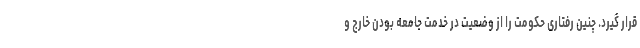
قرار گیرد. چنین رفتاری حکومت را از وضعیت در خدمت جامعه بودن خارج و